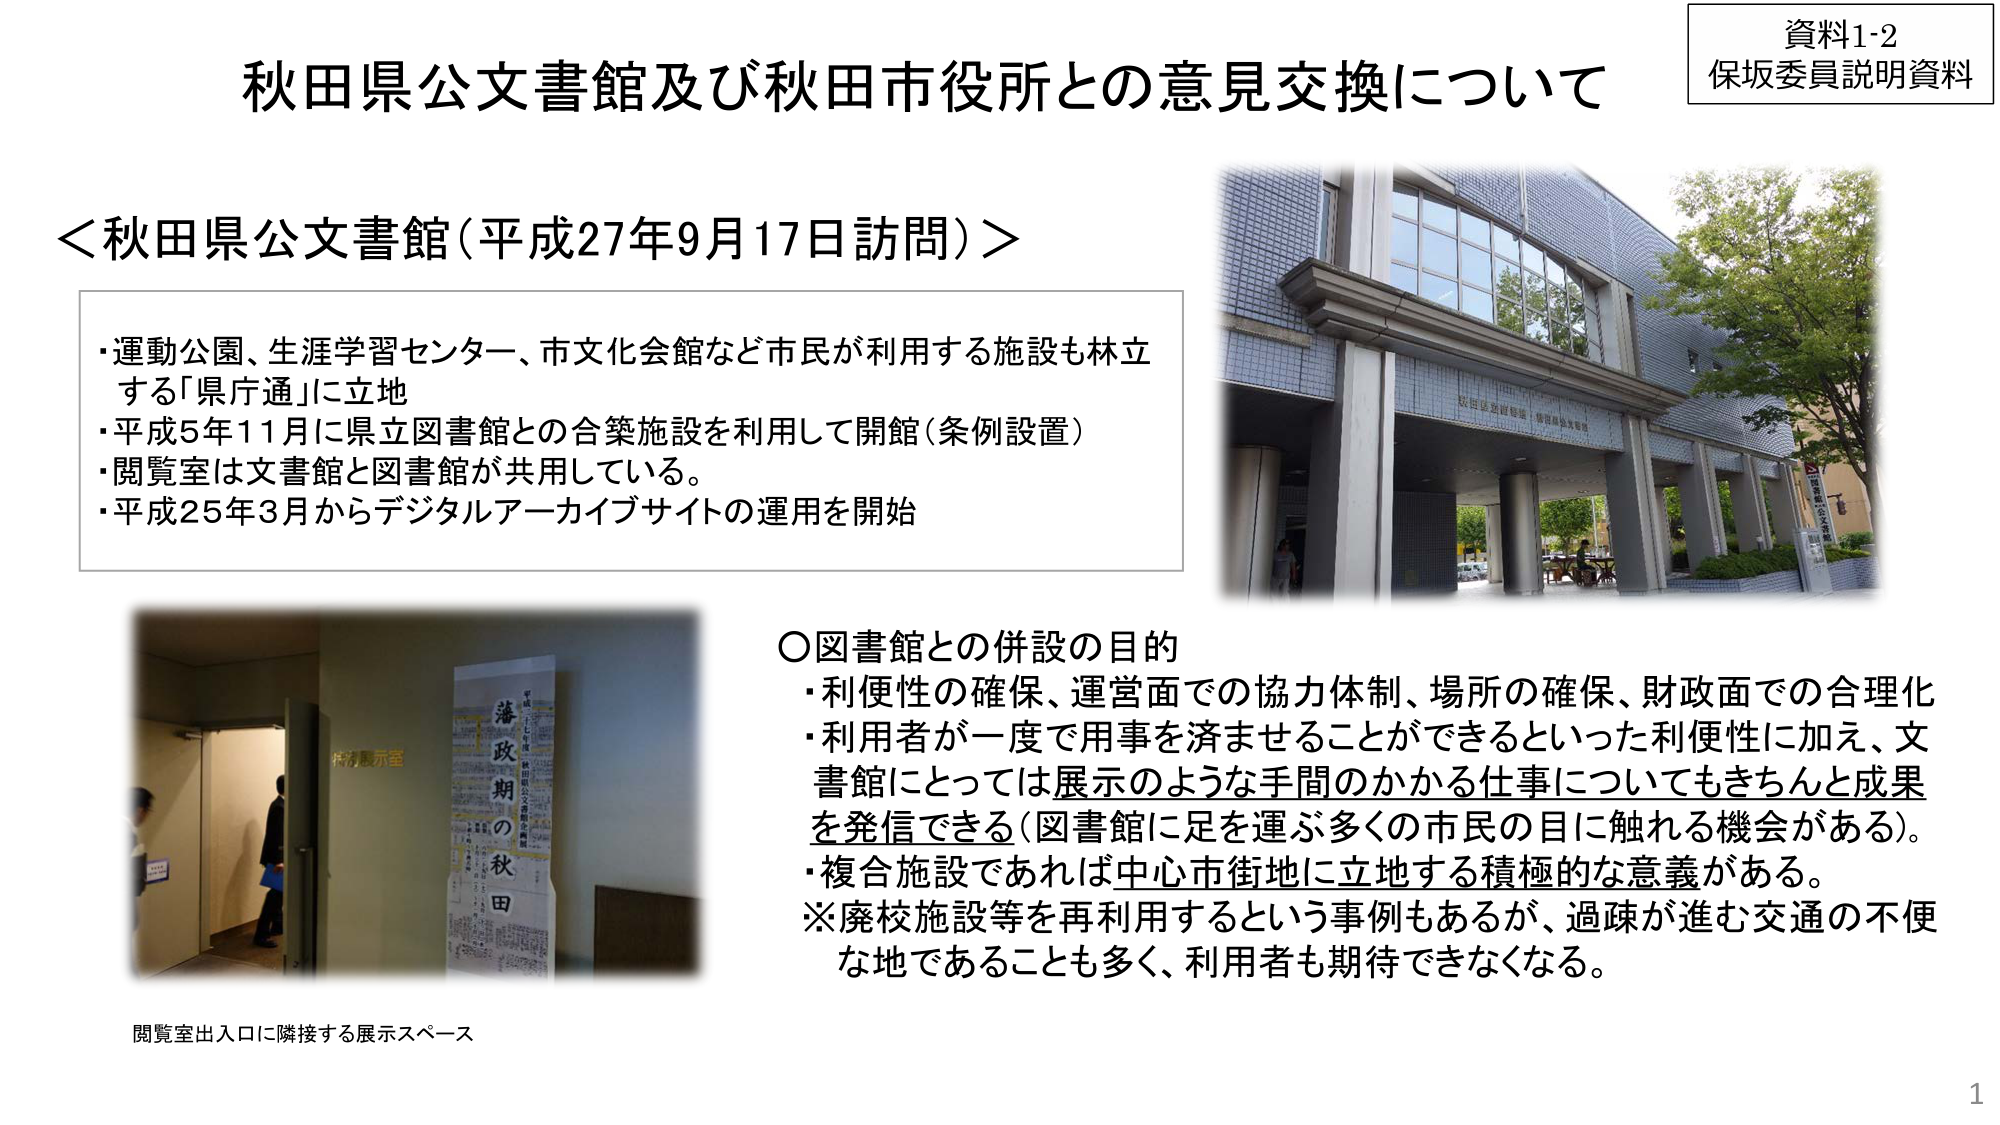
資料1-2
保坂委員説明資料

秋田県公文書館及び秋田市役所との意見交換について

＜秋田県公文書館（平成27年9月17日訪問）＞
・運動公園、生涯学習センター、市文化会館など市民が利用する施設も林立する「県庁通」に立地
・平成5年11月に県立図書館との合築施設を利用して開館（条例設置）
・閲覧室は文書館と図書館が共用している。
・平成25年3月からデジタルアーカイブサイトの運用を開始

○図書館との併設の目的
・利便性の確保、運営面での協力体制、場所の確保、財政面での合理化
・利用者が一度で用事を済ませることができるといった利便性に加え、文書館にとっては展示のような手間のかかる仕事についてもきちんと成果を発信できる（図書館に足を運ぶ多くの市民の目に触れる機会がある）。
・複合施設であれば中心市街地に立地する積極的な意義がある。
※廃校施設等を再利用するという事例もあるが、過疎が進む交通の不便な地であることも多く、利用者も期待できなくなる。

閲覧室出入口に隣接する展示スペース

1